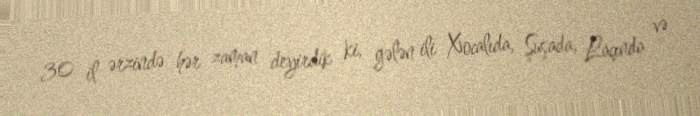
30 il ərzində hər zaman deyirdik ki, gələn ili Xocalıda, Şuşada, Laçında və